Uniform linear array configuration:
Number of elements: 8
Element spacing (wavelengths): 0.25
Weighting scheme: exponential
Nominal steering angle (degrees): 30
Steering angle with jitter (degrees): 28.424
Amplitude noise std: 0.05
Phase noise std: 0.05

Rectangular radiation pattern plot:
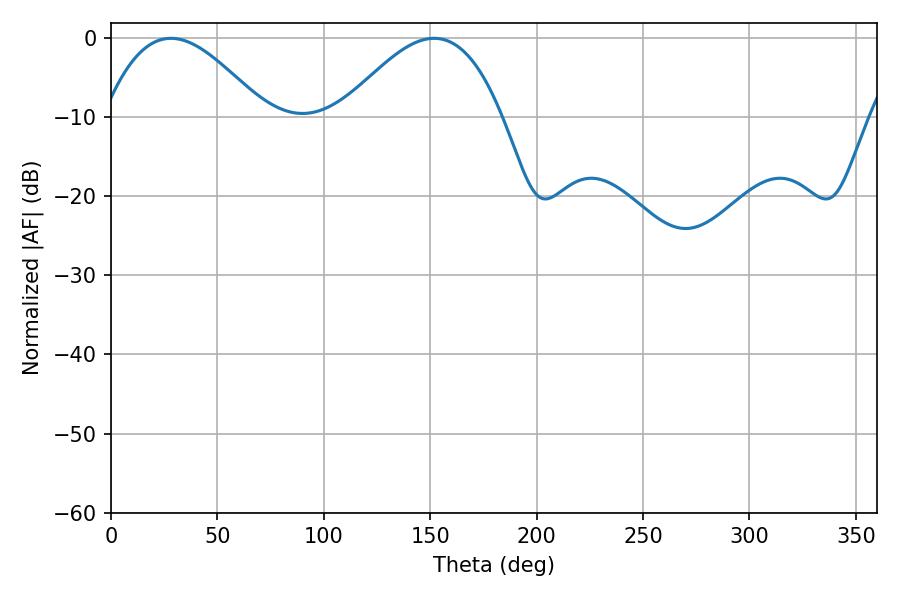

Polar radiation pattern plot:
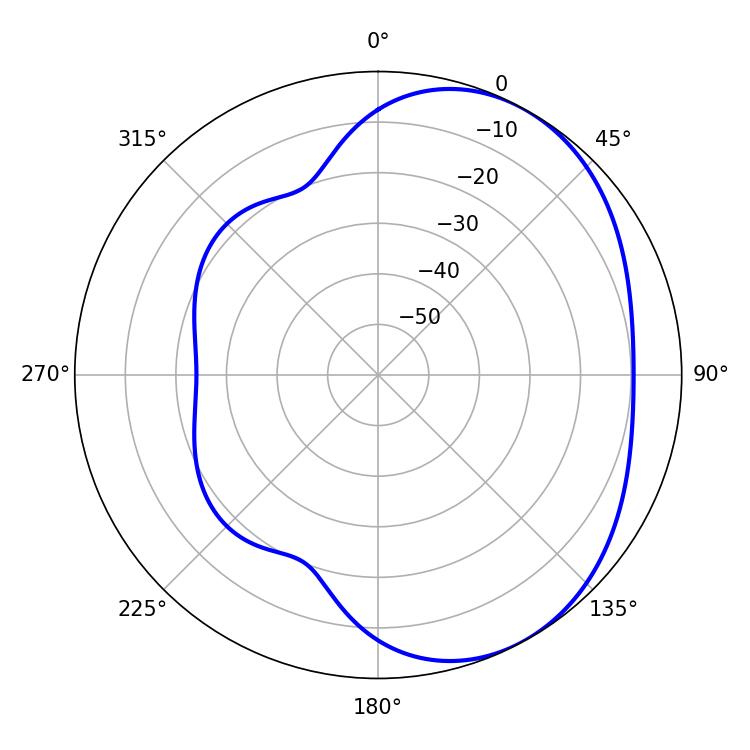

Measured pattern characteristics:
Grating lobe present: FALSE
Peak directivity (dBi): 3.856
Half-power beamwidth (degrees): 40.86
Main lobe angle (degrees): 28.08